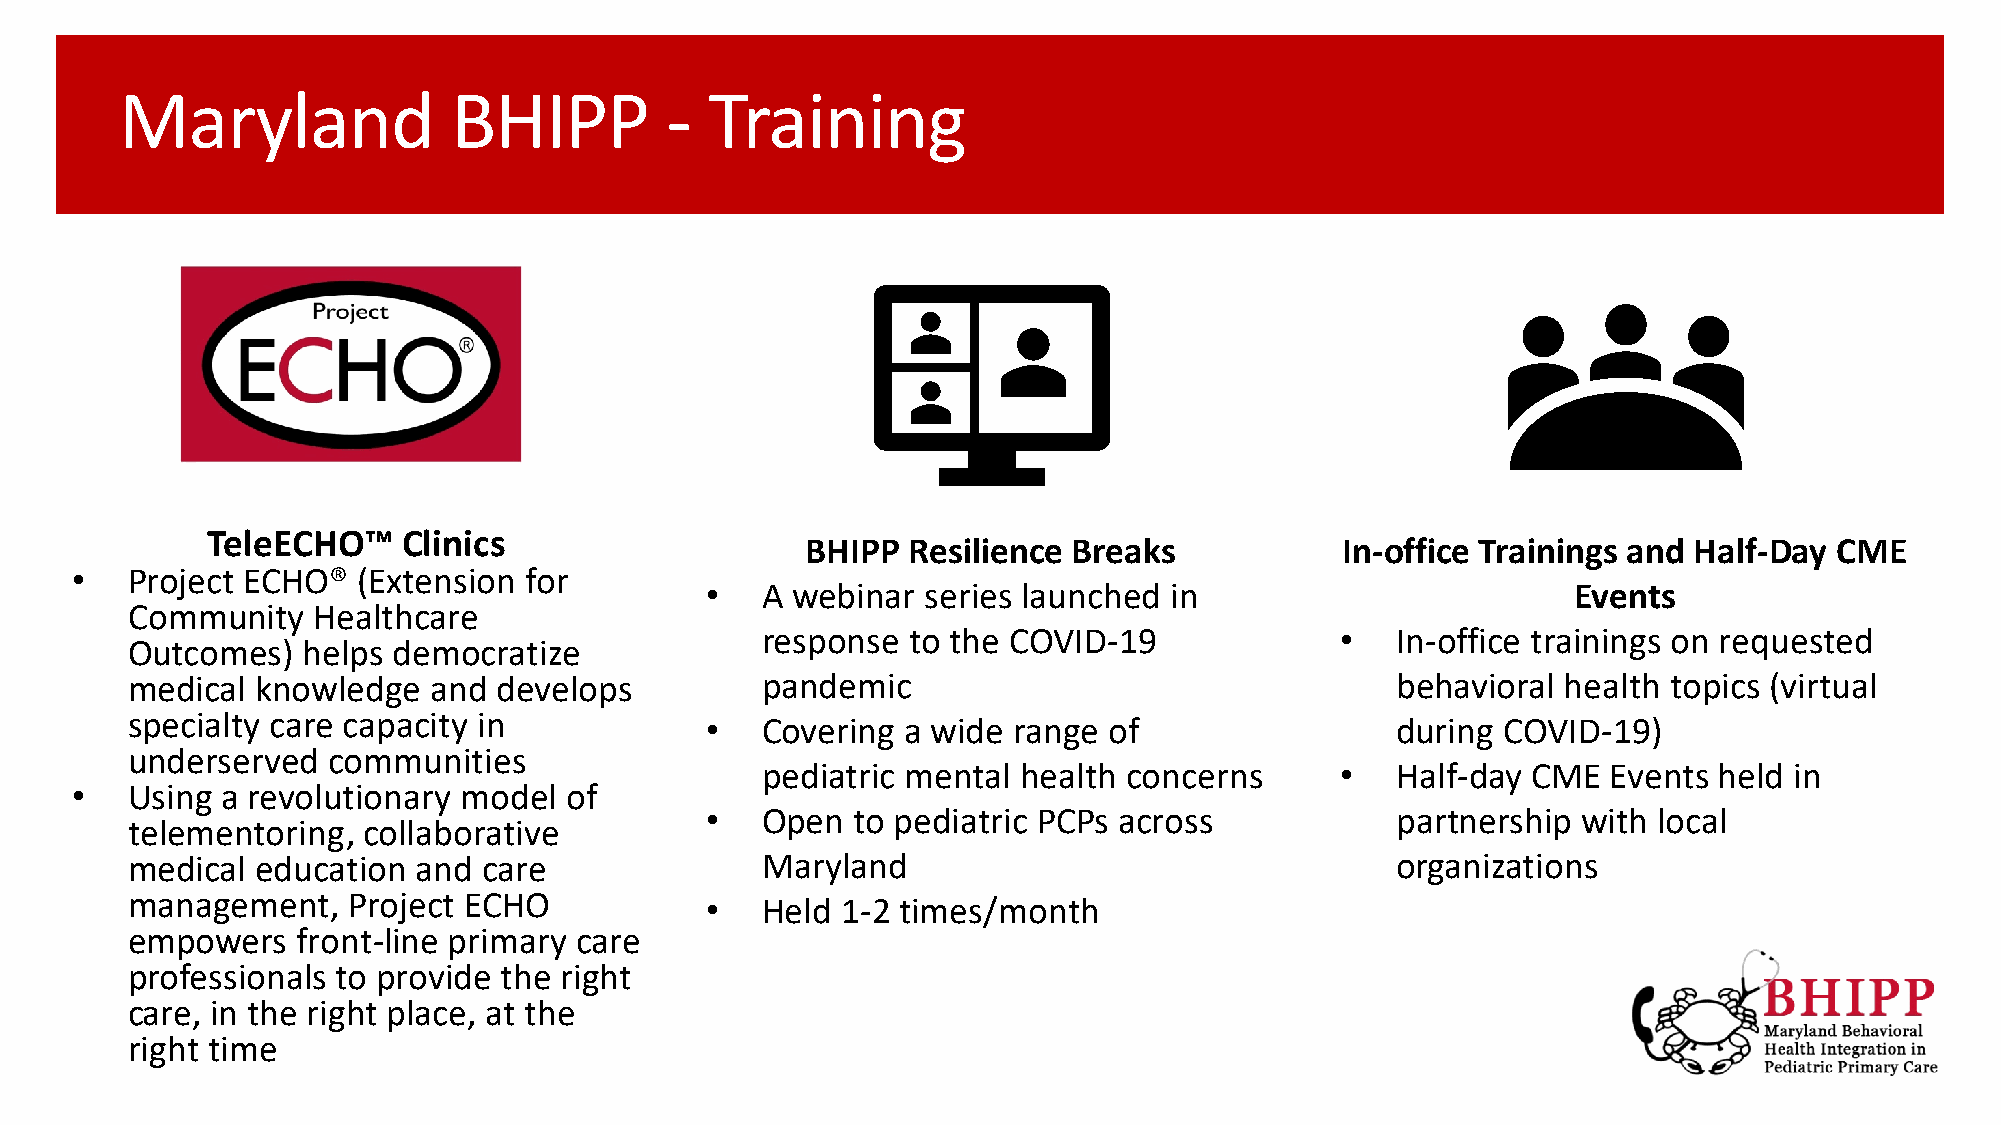
Maryland              BHIPP         -  Training
 TeleECHO™    Clinics
 BHIPP  Resilience Breaks            In-office Trainings and Half-Day CME
 •  Project ECHO®   (Extension for
 •  A webinar  series launched in                         Events
 Community    Healthcare
 response  to the COVID-19              •  In-office trainings on requested
 Outcomes)   helps democratize
 medical  knowledge   and develops         pandemic                                  behavioral  health topics (virtual
 specialty care capacity in             •  Covering  a wide range of                 during COVID-19)
 underserved   communities
 pediatric mental  health concerns      •  Half-day CME   Events held in
 •  Using  a revolutionary model of
 •  Open  to pediatric PCPs across            partnership  with local
 telementoring,  collaborative
 medical  education  and care              Maryland                                  organizations
 management,    Project ECHO            •  Held  1-2 times/month
 empowers    front-line primary care
 professionals to provide the right
 care, in the right place, at the
 right time